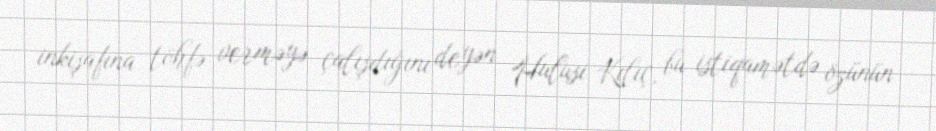
inkişafına töhfə verməyə çalışdığını deyən Hulusi Kılıç, bu istiqamətdə özünün